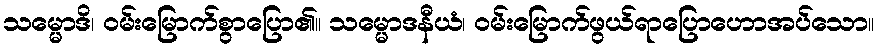
သမ္မောဒိ၊ ဝမ်းမြောက်စွာပြော၏။ သမ္မောဒနီယံ၊ ဝမ်းမြောက်ဖွယ်ရာပြောဟောအပ်သော။